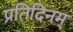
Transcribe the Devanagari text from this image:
प्रतिदिनम्‌